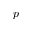
p